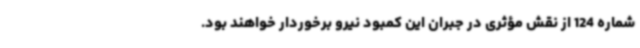
شماره 124 از نقش مؤثری در جبران این کمبود نیرو برخوردار خواهند بود.